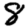
Digit: 8